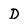
Character: D